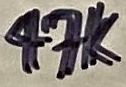
Text: 47K